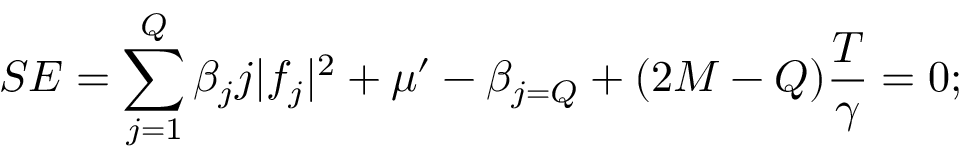
S E = \sum _ { j = 1 } ^ { Q } \beta _ { j } j \lvert f _ { j } \rvert ^ { 2 } + \mu ^ { \prime } - \beta _ { j = Q } + ( 2 M - Q ) \frac { T } { \gamma } = 0 ;